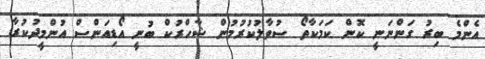
އެންމެ ބިރު ގަންނަނީ ކޮން ކަމަކާތޯ ސުވާލުކުރުމުން ޝާހްރުކް ބުނީ އޯޑިއަންސް އުންމީދުކުރާ